Report on sanitation, dispensaries, and jails in Rajputana for 1912, and on vaccination for the year 1912-1913 - 1912-1913
Year: 1912
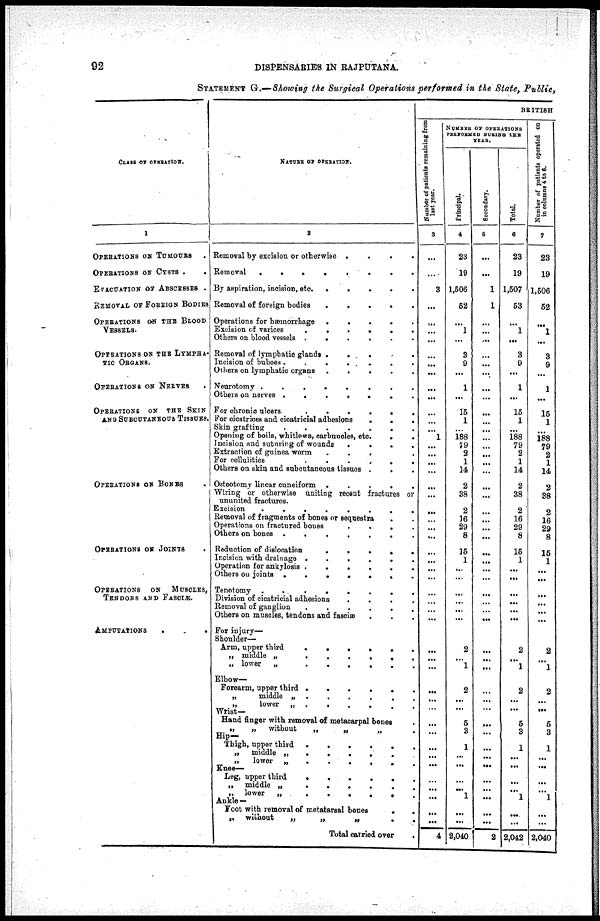
92
DISPENSARIES IN RAJPUTANA.
STATEMENT G.—Showing the Surgical Operations performed in the State, Public,
CLASS OF OPERATION.
1
OPERATIONS OF TUMOURS
.
OPERATIONS OF CYSTS .
.
EVACUATION OF ABSCESSES .
REMOVAL OF FOREIGN BODIES
OPERATIONS ON THE BLOOD
VESSELS.
OPERATIONS ON THE LYMPHA¬
TIC ORGANS.
OPERATIONS ON NERVES .
OPERATIONS ON THE SKIN
AND SURCUTANEOUS TISSUES.
OPERATIONS ON BONES.
OPERATIONS ON JOINTS .
OPERATIONS
ON
MUSCLES,
TENDONS AND FASCLÆ.
AMPUTATIONS
.
.
.
NATURE OF OPERATION.
2
Removal by excision, or otherwise .
.
.
.
Removal
.
.
.
.
.
.
.
.
By aspiration, incision, etc. .
.
.
.
.
Removal of foreign bodies
.
.
.
.
.
Operations for hæmorrhage
.
.
.
.
.
Excision of varices
.
.
.
.
.
.
Others on blood vessels .
.
.
.
.
.
Removal of lymphatic glands .
.
.
.
.
Incision of buboes.
.
.
.
.
Others on lymphatic organs
.
.
.
.
.
Neurotomy .
.
.
.
.
.
.
.
Others on nerves .
.
.
.
.
.
.
For chronic ulcers.
.
.
.
.
.
.
For cicatrices and cicatricial adhesions
.
.
.
Skin grafting
.
.
.
.
.
.
.
Opening of boils, whitlows, carbuncles, etc.
.
.
Incision and suturing of wounds
.
.
.
.
Extraction of guinea worm . . . . .
For cellulities
.
.
.
.
.
.
Others on skin and subcutaneous tissues .
. .
Osteotomy linear cuneiform
.
.
.
.
.
Wiring or otherwise uniting recent fractures or
ununited fractures.
Excision
.
.
.
.
.
.
.
.
Removal of fragments of bones or sequestra . .
Operations on fractured bones
.
.
.
.
Others on bones .
.
.
.
.
.
.
Reduction of dislocation
.
.
.
.
.
Incision with drainage .
.
.
.
.
.
Operation for ankylosis .
.
.
.
.
.
Others on joints
.
.
.
.
.
.
.
Tenotomy .
.
.
.
.
.
.
.
Division of cicatricial adhesions
.
.
.
.
Removal of ganglion
.
.
.
.
.
.
Others on muscles, tendons and fasciæ
For injury—
Shoulder—
Arm, upper third
.
.
.
.
.
.
„ middle „ . . . . . .
„ lower
„
.
.
.
.
.
.
Elbow-
Forearm, upper third .
.
.
.
.
.
„
middle „ .
.
.
.
.
.
„
lower
„.
.
.
.
.
.
Wrist—
Hand finger with removal of metacarpal bones .
„
„
without
„
„
„ .
Hip—
Thigh, upper third
.
.
.
.
.
.
„
middle „
.
.
.
.
.
.
„
lower „.
.
.
.
.
.
Knee—
Leg, upper third
.
.
.
.
.
.
„
middle „
.
.
.
.
.
.
„ lower
„
.
.
.
.
.
.
Ankle —
Foot with removal of metatarsal bones
.
.
„
without
„
„
„
. .
Total carried over
.
BRITISH
Number of patients remaining from
last year.
3
...
...
3
...
...
...
...
...
...
...
...
...
...
...
...
1
...
...
...
...
...
...
...
...
...
...
...
...
...
...
...
...
...
...
...
...
...
...
...
...
...
...
...
...
...
...
...
...
...
...
4
NUMBER OF OPERATIONS
PERFORMED DURING THE
YEAR.
Principal.
4
23
19
1,506
52
...
1
...
3
9
...
1
...
15
1
...
188
79
2
1
14
2
38
2
16
29
8
15
1
...
...
...
...
...
...
2
...
1
2
...
...
5
3
1
...
...
...
...
1
...
...
2,040
Secondary.
5
...
...
1
1
...
...
...
...
...
...
...
...
...
...
...
...
...
...
...
...
...
...
...
...
...
...
...
...
...
...
...
...
...
...
...
...
...
...
...
...
...
...
...
...
...
...
...
...
...
...
2
Total.
6
23
19
1,507
53
...
1
...
3
9
...
1
...
15
1
...
188
79
2
1
14
2
38
2
16
29
8
15
1
...
...
...
...
...
...
2
...
1
2
...
...
5
3
1
...
...
...
...
1
...
...
2,042
Number of patients operated on
in columns 4 to 6.
7
23
19
1,506
52
...
1
...
3
9
...
1
...
15
1
...
188
79
2
1
14
2
38
2
16
29
8
15
1
...
...
...
...
...
...
2
...
1
2
...
...
5
3
1
...
...
...
...
1
...
...
2,040